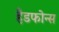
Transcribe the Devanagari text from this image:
हैडफोन्स